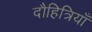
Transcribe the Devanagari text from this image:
दौहित्रियाँ